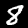
Digit: 8